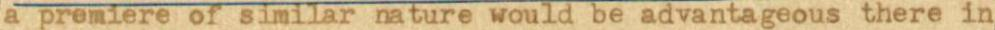
a premiere of similar nature would be advantageous there in